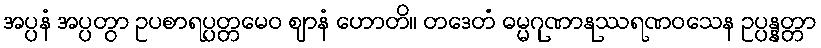
အပ္ပနံ အပ္ပတွာ ဥပစာရပ္ပတ္တမေဝ ဈာနံ ဟောတိ။ တဒေတံ ဓမ္မဂုဏာနုဿရဏဝသေန ဥပ္ပန္နတ္တာ